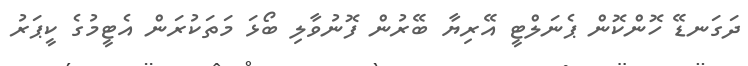
ދަގަނޑޭ ހޮންކޮން ޕެނަލްޓީ އޭރިޔާ ބޭރުން ފޮނުވާލި ބޯޅަ މަތަކުރަން އެޓީމުގެ ކީޕަރު